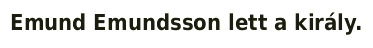
Emund Emundsson lett a király.